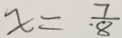
x = \frac { 7 } { 8 }